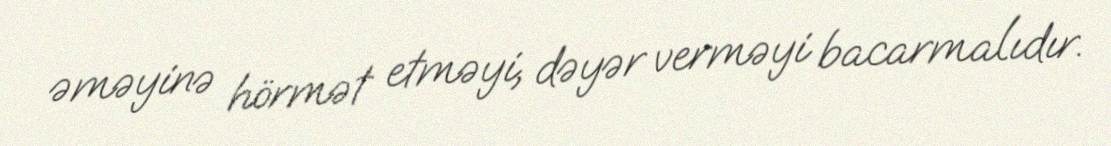
əməyinə hörmət etməyi, dəyər verməyi bacarmalıdır.